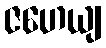
ဇဟေယျ